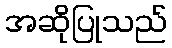
အဆိုပြုသည်